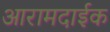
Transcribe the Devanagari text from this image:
आरामदाईक